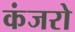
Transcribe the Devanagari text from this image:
कंजरो